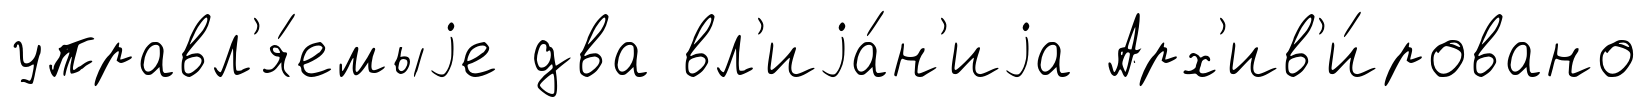
управл'я́емыjе два вл'иjа́н'иjа Арх'ив'и́ровано